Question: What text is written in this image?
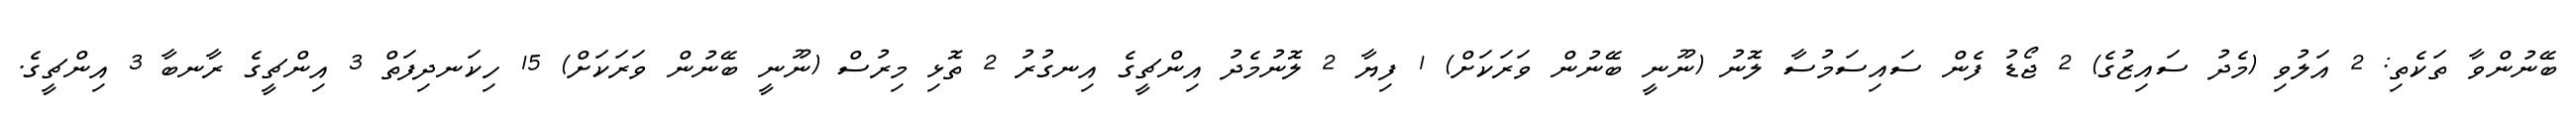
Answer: ބޭނުންވާ ތަކެތި: 2 އަލުވި (މެދު ސައިޒުގެ) 2 ޖޯޑު ފެން ސައިސަމުސާ ލޮނު (ނޫނީ ބޭނުން ވަރަކަށް) 1 ފިޔާ 2 ލޮނުމެދު އިންޗީގެ އިނގުރު 2 ތޮޅި މިރުސް (ނޫނީ ބޭނުން ވަރަކަށް) 15 ހިކަނދިފަތް 3 އިންޗީގެ ރާނބާ 3 އިންޗީގެ.